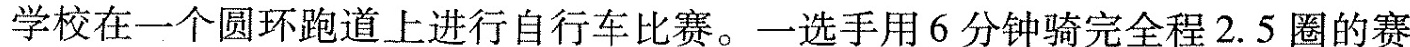
学校在一个圆环跑道上进行自行车比赛。一选手用6分钟骑完全程2.5圈的赛